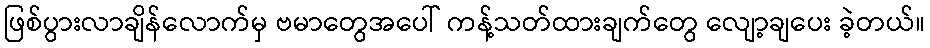
ဖြစ်ပွားလာချိန်လောက်မှ ဗမာတွေအပေါ် ကန့်သတ်ထားချက်တွေ လျော့ချပေး ခဲ့တယ်။